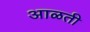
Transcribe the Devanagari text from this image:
आळती